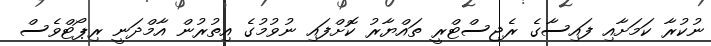
ނުކުރާ ކަމަށާއި ފައިސާގެ ރެޖިސްޓްރީ ތައްޔާރު ކޮށްފައި ނުވުމުގެ އިތުރުން އާމްދަނީ ރިޕޯޓްވެސް